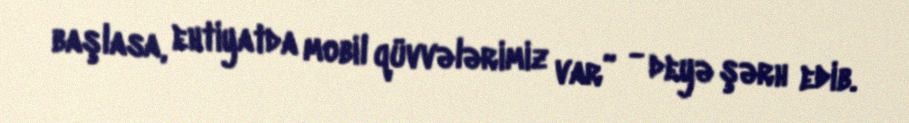
başlasa, ehtiyatda mobil qüvvələrimiz var” - deyə şərh edib.